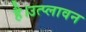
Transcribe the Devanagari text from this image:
है।उत्प्लावन